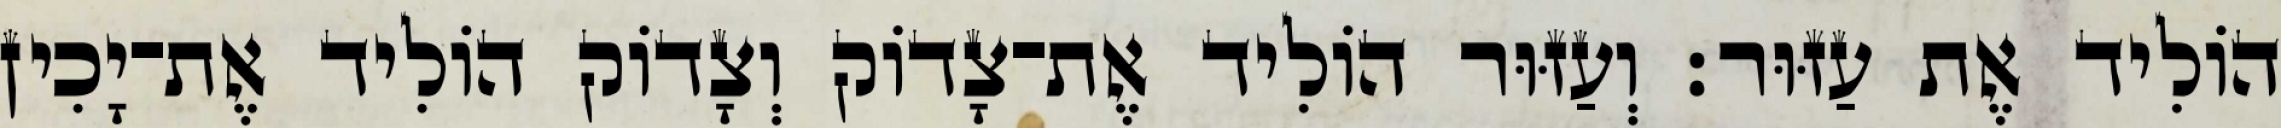
הוֹלִיד אֶת עַזּוּר׃ וְעַזּוּר הוֹלִיד אֶת־צָדוֹק וְצָדוֹק הוֹלִיד אֶת־יָכִין